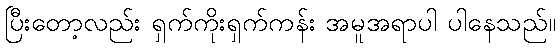
ပြီးတော့လည်း ရှက်ကိုးရှက်ကန်း အမူအရာပါ ပါနေသည်။